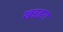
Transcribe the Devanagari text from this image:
खडहरा